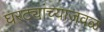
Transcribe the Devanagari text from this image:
घरट्यांच्याजवळ